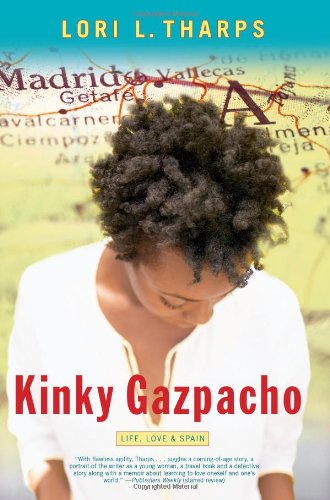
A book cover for Kinky Gazpacho: Life, Love & Spain; Lori Tharps; Travel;